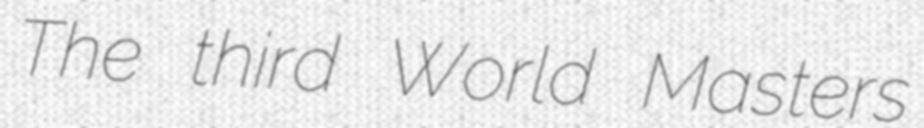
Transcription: The third World Masters